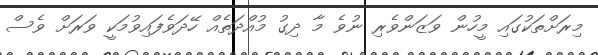
މިރަށްތަކުގައި މީހުން ވަޒަންވެރި ނުވެ މާ ދިގު މުއްދަތެއް ހޭދަވެފައިވުމަކީ ވަރަށް ވެސް